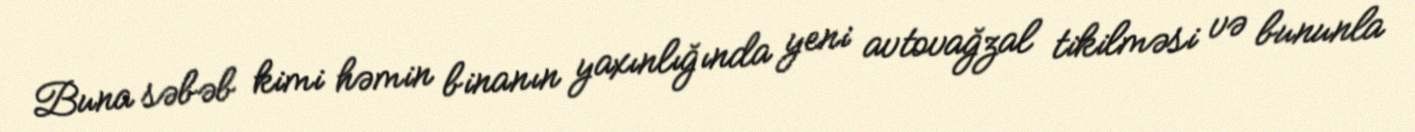
Buna səbəb kimi həmin binanın yaxınlığında yeni avtovağzal tikilməsi və bununla